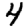
Digit: 4